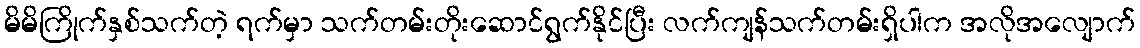
မိမိကြိုက်နှစ်သက်တဲ့ ရက်မှာ သက်တမ်းတိုးဆောင်ရွက်နိုင်ပြီး လက်ကျန်သက်တမ်းရှိပါက အလိုအလျောက်